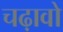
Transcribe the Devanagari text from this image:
चढ़ावो